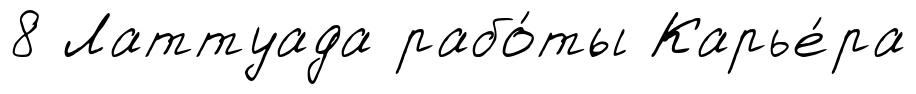
8 Латтуада рабо́ты Карье́ра